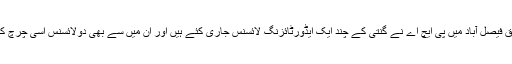
نیوز لائن کے مطابق فیصل آباد میں پی ایچ اے نے گنتی کے چند ایک ایڈورٹائزنگ لائسنس جاری کئے ہیں اور ان میں سے بھی دولائسنس اسی چرچ کی اراضی کے ہیں ۔